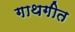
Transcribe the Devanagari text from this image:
गाथगीत